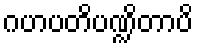
ဂဟပတိပဏ္ဍိတာပိ